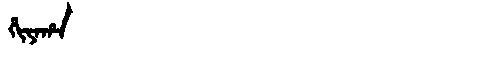
Manchu: ᡥᡳᠶᠠᡥᠠ
Romanization: HIYAHA